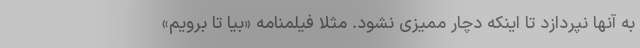
به آنها نپردازد تا اینکه دچار ممیزی نشود. مثلا فیلمنامه «بیا تا برویم»